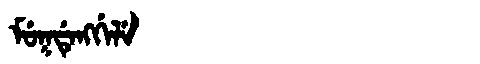
Manchu: ᠮᡠᡴᡩᡝᠩᡤᡝᠯᡝ
Romanization: MUKDENGGELE